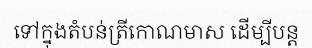
ទៅក្នុងតំបន់ត្រីកោណមាស ដើម្បីបន្ត